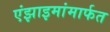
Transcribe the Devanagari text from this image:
एंझाइमांमार्फत